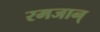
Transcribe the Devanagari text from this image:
रमजान्